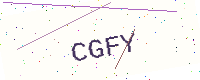
Text: CGFY